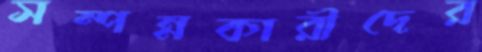
সম্পন্নকারীদের